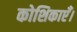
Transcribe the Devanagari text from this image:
कोशिकाएँ।